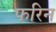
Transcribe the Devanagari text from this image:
फरिन